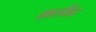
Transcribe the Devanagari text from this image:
ग़लीच